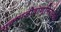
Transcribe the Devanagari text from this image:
सूक्ष्मजीवाणुनिरोधक